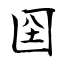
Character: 囶